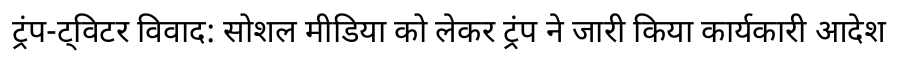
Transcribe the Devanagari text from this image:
ट्रंप-ट्विटर विवाद: सोशल मीडिया को लेकर ट्रंप ने जारी किया कार्यकारी आदेश